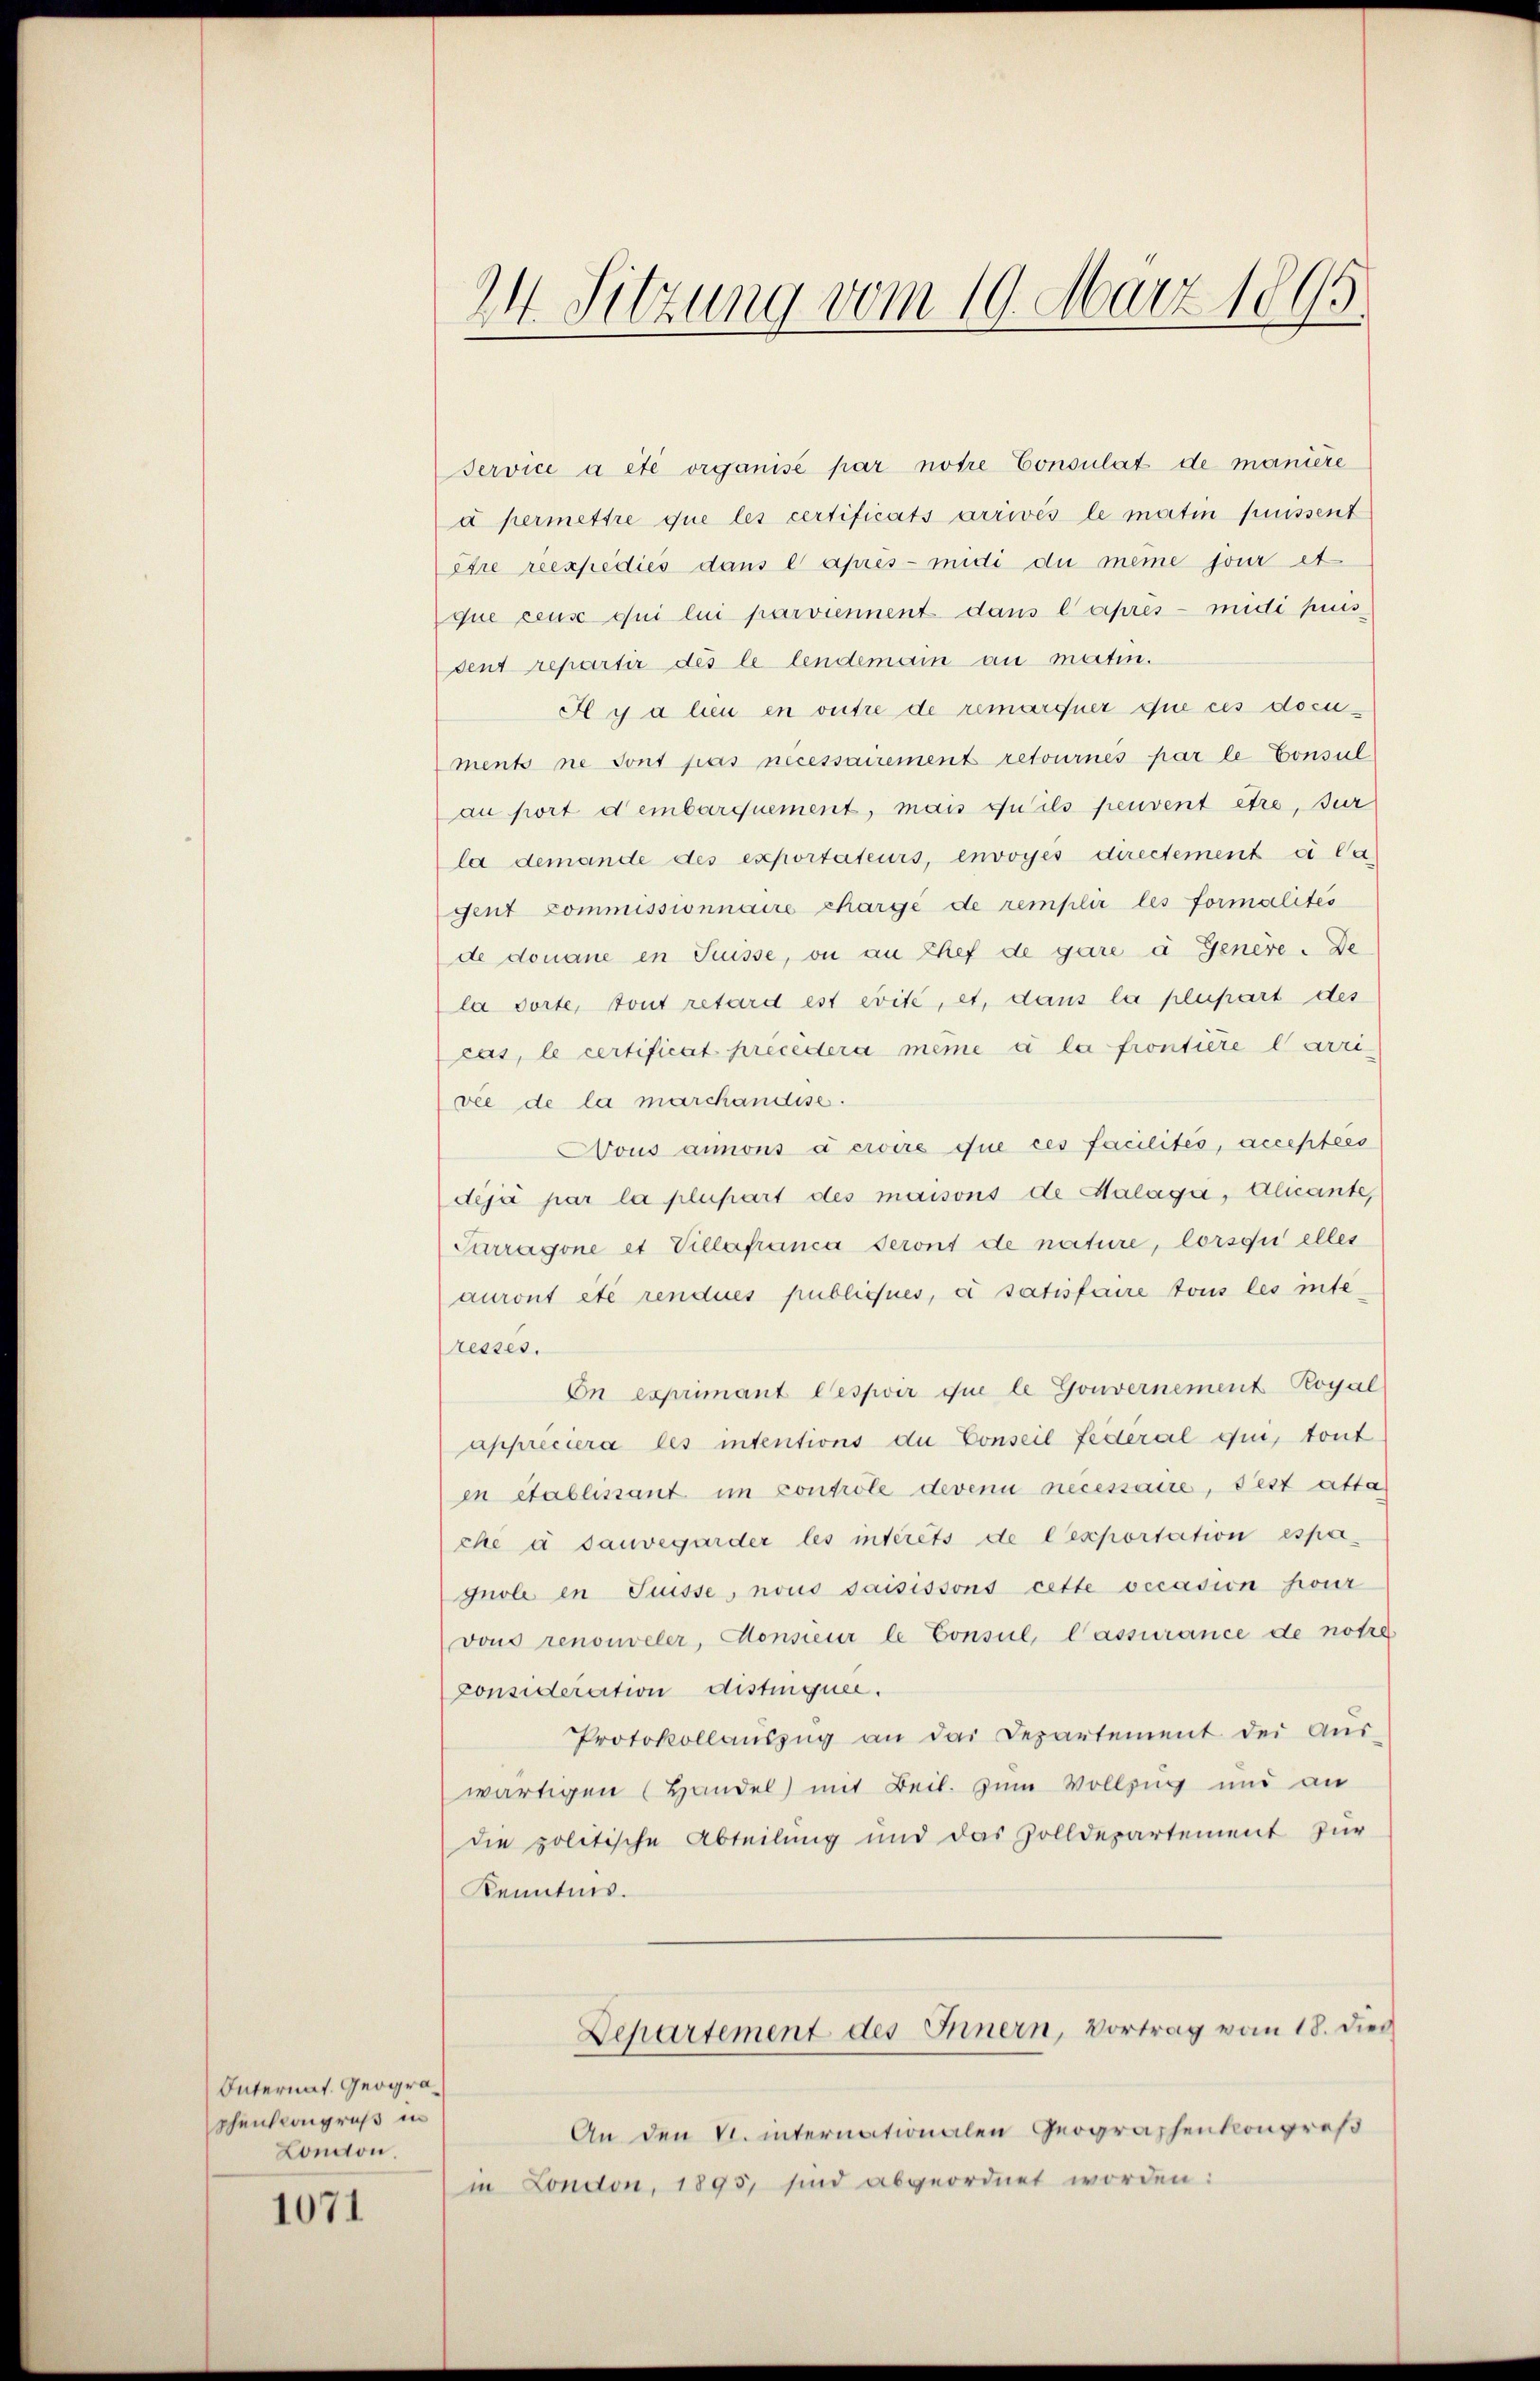
Internat. Geograshenscongruß in
London

1071

24. Sitzung vom 19. März 1895.

service a été organisé par notre Consulat de manière
à permettre que les certificats arrivés le matin fussent
être reexpedies dans l apres-midi du même jour et
que cense qui lui parviennent dans l’après - midi puis
sent repartir des le lendemain au motin.
Il y a lieu en outre de remarquer que ces documents ne sont pas necessairement retournés par le Consul
au port dembarquement, mais qu’ils peuvent être, zur
la demande des exportateurs, envoyés directement ei Ca
gent Commissionnaire charge de remplir les formalités
de donane in Suisse, on an Chef de gare à Genere. De
la dorte, tout retard est évité, et, dans la plupart des
cas, le certificat precedera même à la frontiere Carrivie de la marchandise.
Nous aimons à crire que ces facilités, acceptées
déjà par la plupart des maisons de Halaga, Alicante,
Parragone et Villafranca seront de nature, lorsquelles
auront été rendues publiques, a satisfaire tous les inte
resses.
On exprimant Oespoir que le Gouvernement Royal
appréciera les intentions du Conseil Federal qui, tout
en établissant im controle devenu necessaire, Pest atta
che à sauvegarder les intérêts de Cexportation espa-
gnoli in Suisse, nous saisissons cette occasion fur
(vous renouveler, Monsieur le Consul, lassurance de notze
Consideration distinquer.
Protokollaŭszŭg an das Departement der Aŭs-
wärtigen (Handel mit Beil. zum Vollzug und an
die politische Abteilung und das Zolldepartement zur
Kenntnis.
Departement des Innern, Vortrag vom 18. dies
An den V. internationalen Geographenkongreß
in London, 1895, sind abgeordnet worden: